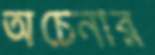
অচেনার